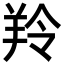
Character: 羚